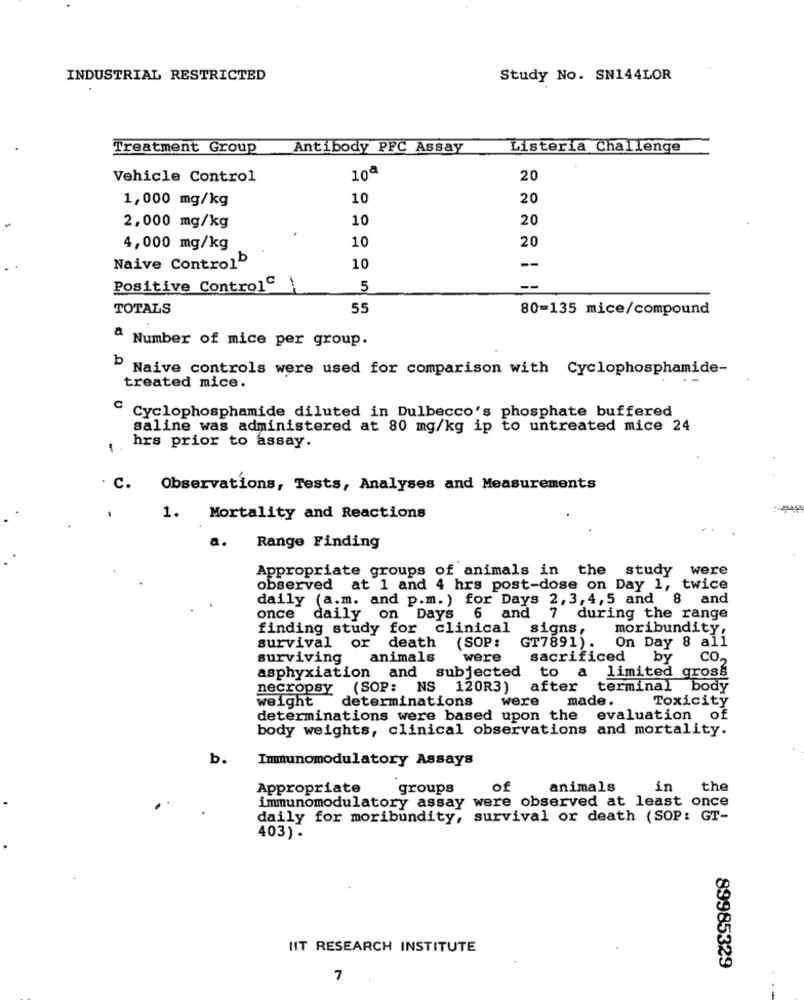
INDUSTRIAL RESTRICTED
Study No. SN144LOR
Treatment Group
Antibody PFC Assay
Listeria Challenge
10ª
Vehicle Control
20
1,000 mg/kg
10
20
10
20
2,000 mg/kg
10
20
4,000 mg/kg
--
Naive ControlD
10
Positive ControlC
5
--
TOTALS
55
80=135 mice/compound
a Number of mice per group.
" Naive controls were used for comparison with Cyclophosphamide-
treated mice.
Cyclophosphamide diluted in Dulbecco's phosphate buffered
saline was administered at 80 mg/kg ip to untreated mice 24
1.
hrs prior to assay.
c.
Observations, Tests, Analyses and Measurements
1. Mortality and Reactions
a.
Range Finding
Appropriate groups of animals in the study were
observed at 1 and 4 hrs post-dose on Day 1, twice
daily (a.m. and p.m. ) for Days 2, 3, 4,5 and 8 and
once daily on Days 6 and
7
during the range
finding study for clinical signs,
moribundity,
(SOP :
On Day 8 all
survival or death
GT7891).
surviving
animals
were
sacrificed
by
CO.
asphyxiation and subjected to a limited gross
necropsy (SOP: NS 120R3)
after
terminal body
weight
determinations
were
made.
Toxicity
determinations were based upon the
evaluation of
body weights, clinical observations and mortality.
b.
Immunomodulatory Assays
Appropriate
groups
of
animals
in
the
immunomodulatory assay were observed at least once
daily for moribundity, survival or death (SOP: GT-
403).
IIT RESEARCH INSTITUTE
89985329
7